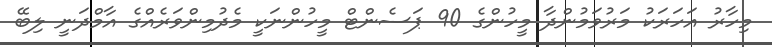
މިހާރު އަހަރަކު މަރުވަމުންދާ މީހުންގެ 90 ޕަސެންޓް މީހުންނަކީ މެދުމިންވަރެއްގެ އާމްދަނީ ލިބޭ